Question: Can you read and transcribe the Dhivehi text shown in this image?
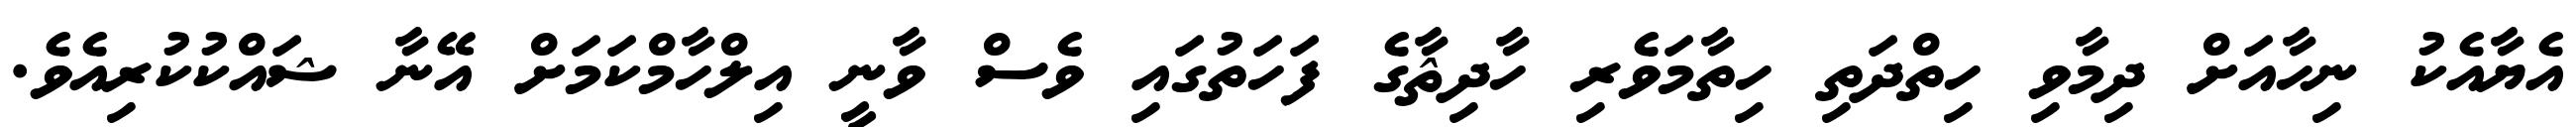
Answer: އެޔާއެކު ނިހާއަށް ދިމާވި ހިތްދަތި ހިތާމަވެރި ހާދިޘާގެ ފަހަތުގައި ވެސް ވާނީ އިލްހާމްކަމަށް އޭނާ ޝައްކުކުރިއެވެ.